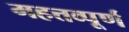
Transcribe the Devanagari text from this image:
महत्तव्पूर्ण